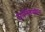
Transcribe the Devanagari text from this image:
रंगशिळेवरील